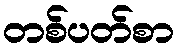
တစ်ပတ်စာ